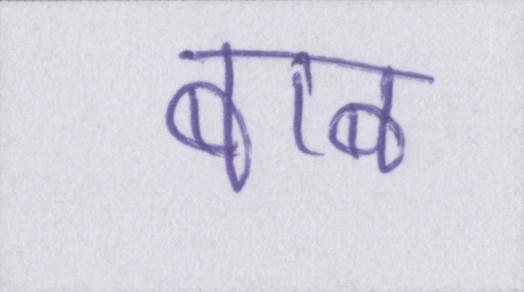
बाब